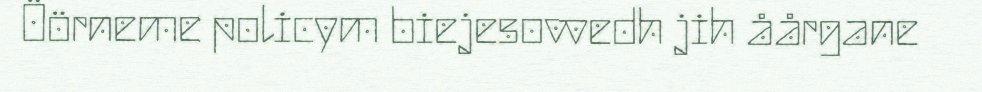
Öörneme policym biejesovvedh jih åårgane